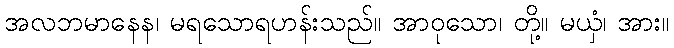
အလဘမာနေန၊ မရသောရဟန်းသည်။ အာဝုသော၊ တို့။ မယှံ၊ အား။